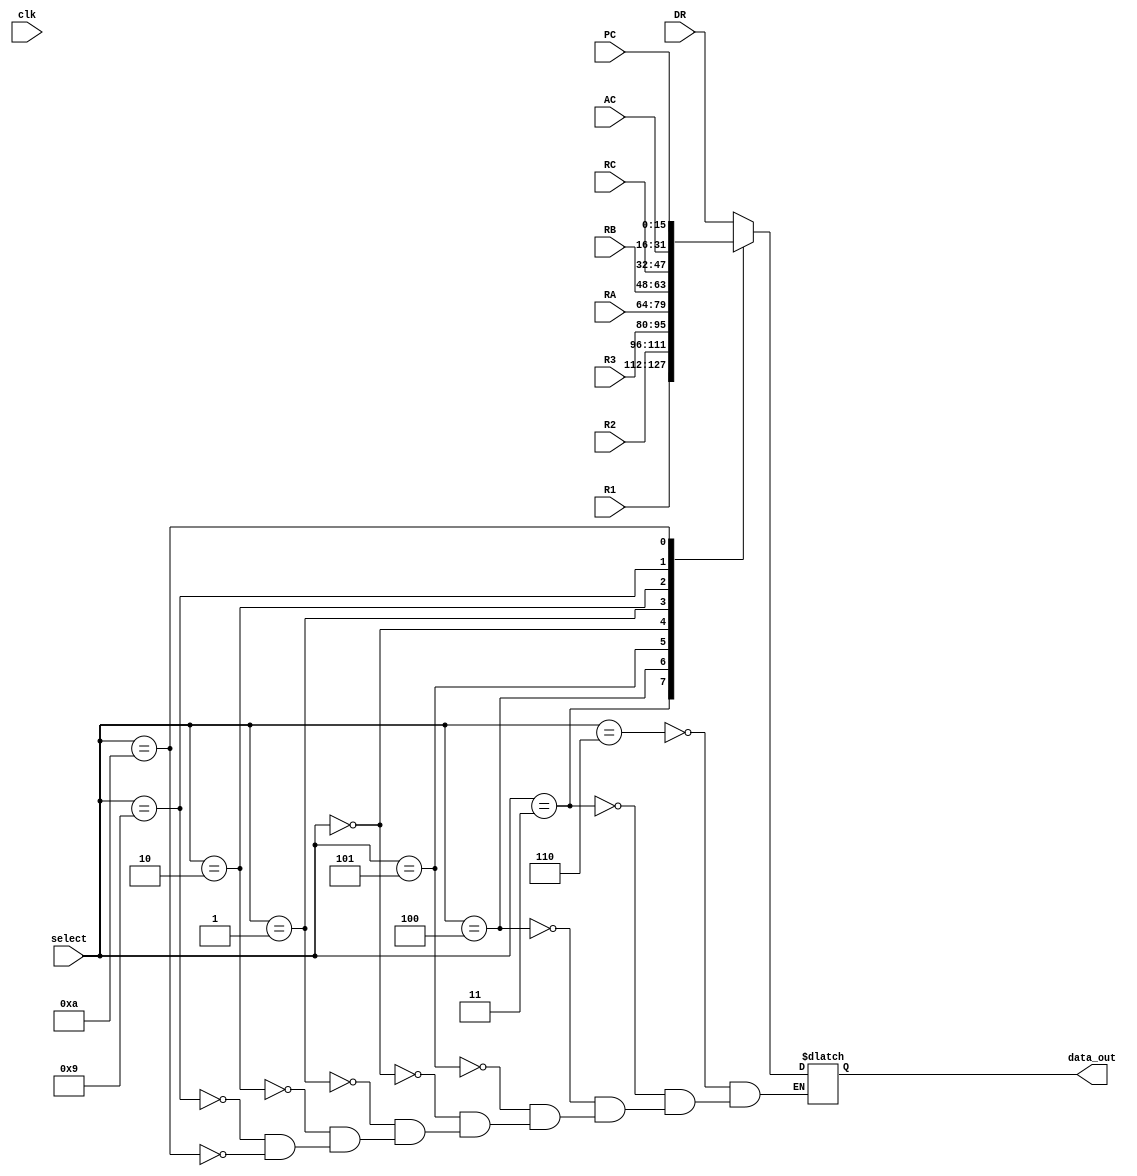
module mux (
    input clk,
    output reg [15:0] data_out,
    input [3:0] select,
    input [15:0] DR, //0110
    input [15:0] R1, //0011
    input [15:0] R2, //0100
    input [15:0] R3, //0101
    input [15:0] RA, //0000
    input [15:0] RB, //0001
    input [15:0] RC, //0010
    input [15:0] AC, //1001
    input [15:0] PC  //1010
);

always @(select) begin
    // $display("#########");
    // $display(select);
    case (select)
        4'b0110: data_out <= DR;
        4'b0011: data_out <= R1;
        4'b0100: data_out <= R2;
        4'b0101: data_out <= R3;
        4'b0000: data_out <= RA;
        4'b0001: data_out <= RB;
        4'b0010: data_out <= RC;
        4'b1001: data_out <= AC;
        4'b1010: data_out <= PC;
    endcase
    // $display("///////");
    // $display(DR);
    // $display(R1);
    // $display(R2);
    // $display(R3);
    // $display(RA);
    // $display(RB);
    // $display(RC);
    // $display(AC);
    // $display(PC);
    // $display("%%%%%%");
    // $display(data_out);
end
    
endmodule